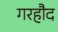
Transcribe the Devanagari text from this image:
गरहौद